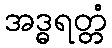
အဒ္ဓရတ္တံ